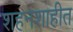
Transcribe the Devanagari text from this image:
शहनशाहीत